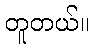
တူတယ်။